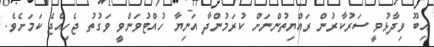
އިބޫ ވިދާޅުވީ ސަރުކާރުން ރައްޔިތުންނަށް ކުރަމުންދާ އަނިޔާ ހުއްޓުވަންވީ ވަގުތު ޖެހިއްޖެ ކަމަށެވެ.